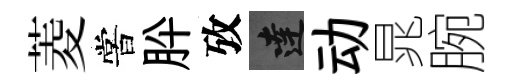
菱嘗肸攷達动晁腕